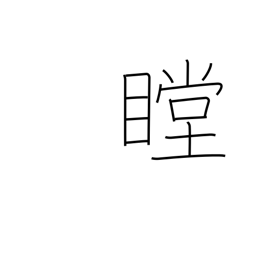
Meaning: stare intently